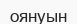
оянуын